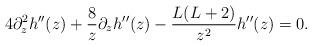
LaTeX: \begin{align*}4 \partial^2_z h''(z) + { 8 \over z} \partial_z h''(z) - { L(L+2) \over z^2} h''(z) = 0.\end{align*}